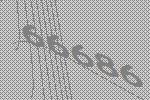
66686